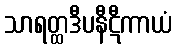
သာရတ္ထဒီပနီဋီကာယံ